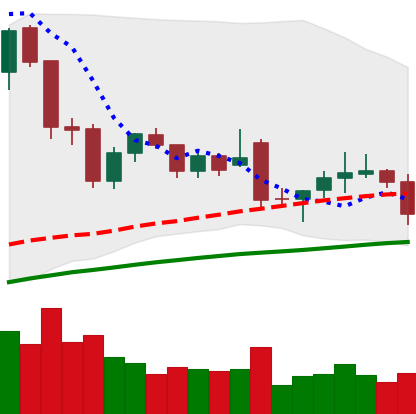
Ticker: LTC-USD
Chart end date: 2021-12-03
Forward return: -12.162%
Label: down_7plus